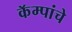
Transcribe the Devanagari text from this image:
कॅम्पांचे